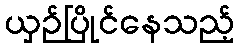
ယှဉ်ပြိုင်နေသည့်